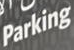
Parking